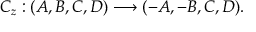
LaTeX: C _ { z } : ( A , B , C , D ) \longrightarrow ( - A , - B , C , D ) .